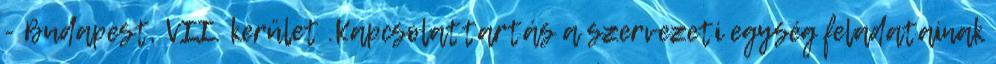
- Budapest, VII. kerület .Kapcsolattartás a szervezeti egység feladatainak